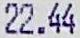
22.44